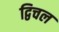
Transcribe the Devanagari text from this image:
द्विचल